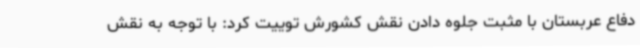
دفاع عربستان با مثبت جلوه دادن نقش کشورش توییت کرد: با توجه به نقش